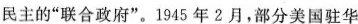
民主的”联合政府”。1945年2月，部分美国驻华